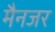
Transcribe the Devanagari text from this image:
मैनजर